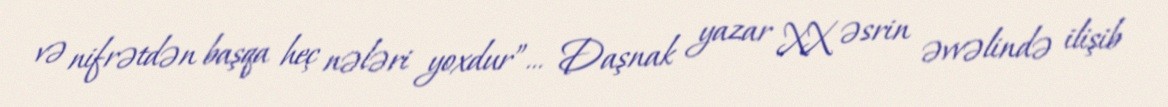
və nifrətdən başqa heç nələri yoxdur”... Daşnak yazar XX əsrin əvvəlində ilişib